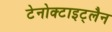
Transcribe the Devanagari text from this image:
टेनोक्टाइट्लैन